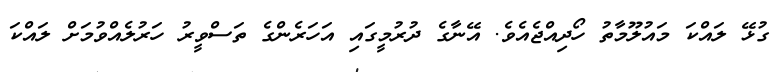
ގުޅޭ ލައްކަ މައުލޫމާތު ހޯދިއްޖެއެވެ. އޭނާގެ ދުރުމީގައި އަހަރެންގެ ތަސްވީރު ހަރުލެއްވުމަށް ލައްކަ